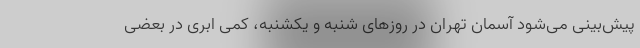
پیش‌بینی می‌شود آسمان تهران در روزهای شنبه و یکشنبه، کمی ابری در بعضی